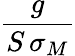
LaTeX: \frac{g}{S\, \sigma_{M}}